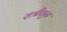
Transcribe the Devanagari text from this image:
रात्रीतुन